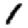
Digit: 1